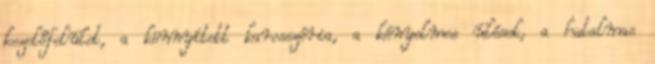
kezelőfelület, a könnyített karosszéria, a kényelmes ülések, a hatalmas